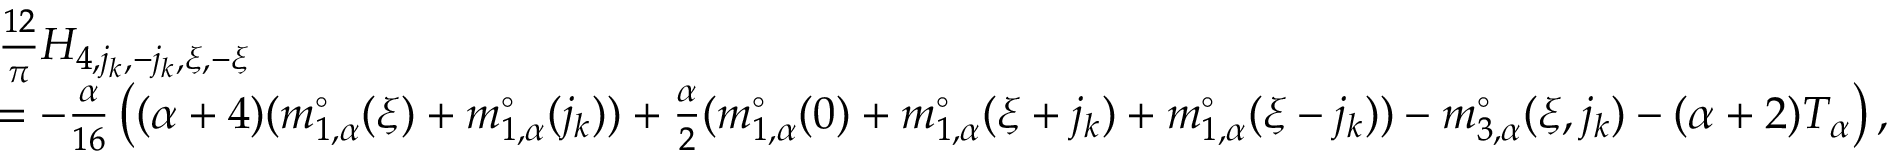
\begin{array} { r l } & { \frac { 1 2 } \pi H _ { 4 , j _ { k } , - j _ { k } , \xi , - \xi } } \\ & { = - \frac { \alpha } { 1 6 } \left( ( { \alpha + 4 } ) ( m _ { 1 , \alpha } ^ { \circ } ( \xi ) + m _ { 1 , \alpha } ^ { \circ } ( j _ { k } ) ) + \frac { \alpha } { 2 } ( m _ { 1 , \alpha } ^ { \circ } ( 0 ) + m _ { 1 , \alpha } ^ { \circ } ( \xi + j _ { k } ) + m _ { 1 , \alpha } ^ { \circ } ( \xi - j _ { k } ) ) - m _ { 3 , \alpha } ^ { \circ } ( \xi , j _ { k } ) - ( \alpha + 2 ) T _ { \alpha } \right) , } \end{array}